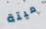
ميتة